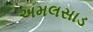
અમલસાડ